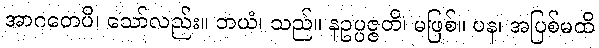
အာဂတေပိ၊ သော်လည်း။ ဘယံ၊ သည်။ နဥပ္ပဇ္ဇတိ၊ မဖြစ်။ ပန၊ အပြစ်မထိ